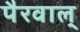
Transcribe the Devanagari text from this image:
पैरवाल्